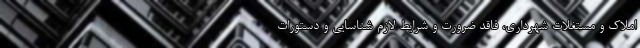
املاک و مستغلات شهرداری، فاقد ضرورت و شرایط لازم شناسایی و دستورات